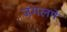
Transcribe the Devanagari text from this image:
जंगलमें